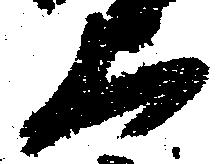
上